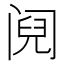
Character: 阋